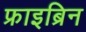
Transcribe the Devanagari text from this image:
फ्राइब्रिन